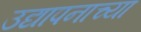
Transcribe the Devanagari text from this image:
उद्यापनाच्या